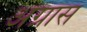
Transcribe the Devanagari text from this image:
अग्रास